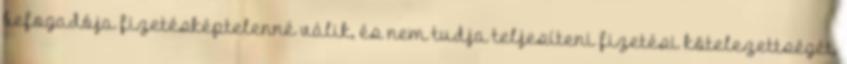
befogadója fizetésképtelenné válik, és nem tudja teljesíteni fizetési kötelezettségét,